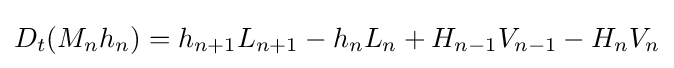
D_{t}(M_{n}h_{n})=h_{n+1}L_{n+1}-h_{n}L_{n}+H_{n-1}V_{n-1}-H_{n}V_{n}